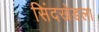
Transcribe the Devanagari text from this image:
सिंदखेडला